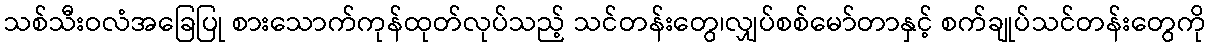
သစ်သီးဝလံအခြေပြု စားသောက်ကုန်ထုတ်လုပ်သည့် သင်တန်းတွေ၊လျှပ်စစ်မော်တာနှင့် စက်ချုပ်သင်တန်းတွေကို